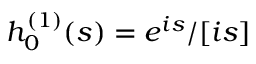
h _ { 0 } ^ { ( 1 ) } ( s ) = e ^ { i s } / [ i s ]